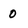
Character: 0